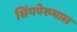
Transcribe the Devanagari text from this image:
सिंगपेरुमाल